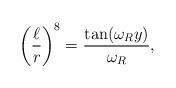
LaTeX: \begin{align*}\left(\frac{\ell}{r}\right)^8 = { {\tan(\omega_Ry)}\over{\omega_R}},\end{align*}